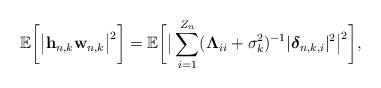
LaTeX: \begin{align*}\mathbb{E}\bigg[\big|\mathbf{h}_{n,k}\mathbf{w}_{n,k}\big|^{2}\bigg]=\mathbb{E}\bigg[\big|\sum\limits_{i=1}^{Z_{n}}(\mathbf{\Lambda}_{ii}+\sigma_{k}^{2})^{-1}|\boldsymbol{\delta}_{n,k,i}|^{2}\big|^{2}\bigg],\end{align*}